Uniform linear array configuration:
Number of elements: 64
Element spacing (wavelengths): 0.5
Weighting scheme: binomial
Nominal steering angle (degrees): -60
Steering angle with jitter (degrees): -61.752
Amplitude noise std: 0.05
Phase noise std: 0.05

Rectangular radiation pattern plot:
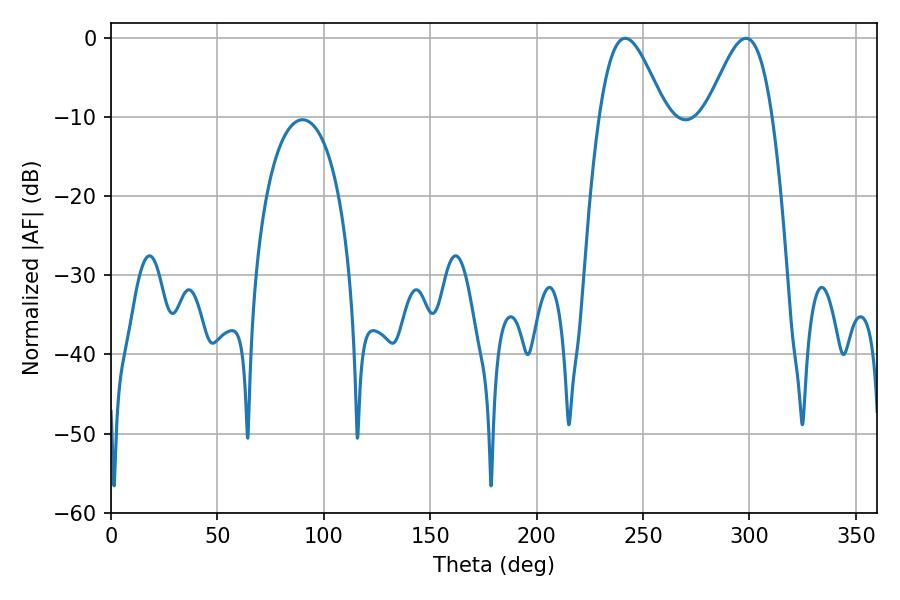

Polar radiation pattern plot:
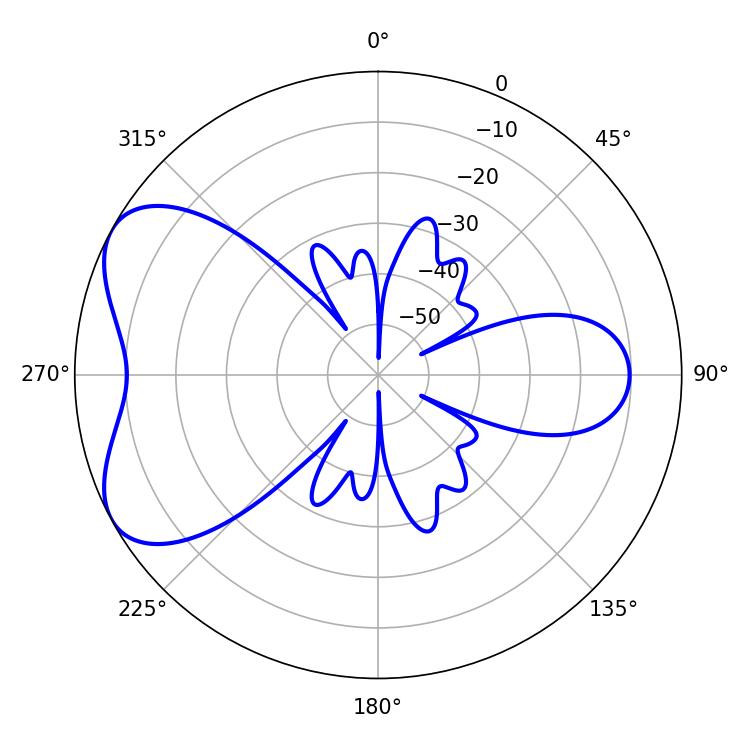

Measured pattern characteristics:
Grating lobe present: FALSE
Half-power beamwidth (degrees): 16.38
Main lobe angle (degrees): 241.56